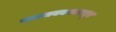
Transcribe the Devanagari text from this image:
वात्स्यायनकामसूत्र